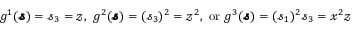
\begin{array} { r } { g ^ { 1 } ( \pmb { \mathscr { s } } ) = \mathscr { s } _ { 3 } = \mathscr { z } , \mathrm { ~ } g ^ { 2 } ( \pmb { \mathscr { s } } ) = ( \mathscr { s } _ { 3 } ) ^ { 2 } = \mathscr { z } ^ { 2 } , \mathrm { ~ o r ~ } g ^ { 3 } ( \pmb { \mathscr { s } } ) = ( \mathscr { s } _ { 1 } ) ^ { 2 } \mathscr { s } _ { 3 } = \mathscr { x } ^ { 2 } \mathscr { z } } \end{array}